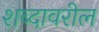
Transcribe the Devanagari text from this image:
शब्दावरील